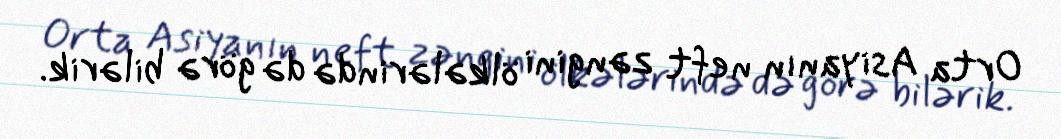
Orta Asiyanın neft zəngini ölkələrində də görə bilərik.